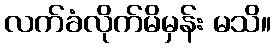
လက်ခံလိုက်မိမှန်း မသိ။